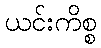
ယင်းကိစ္စ